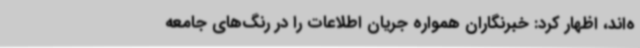
ه‌اند، اظهار کرد: خبرنگاران همواره جریان اطلاعات را در رنگ‌های جامعه